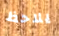
يلاحظ